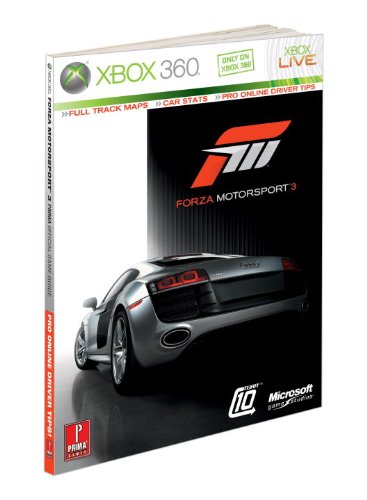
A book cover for Forza Motorsport 3: Prima Official Game Guide (Prima Official Game Guides); Jim Mazurek; Humor & Entertainment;